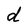
Character: d